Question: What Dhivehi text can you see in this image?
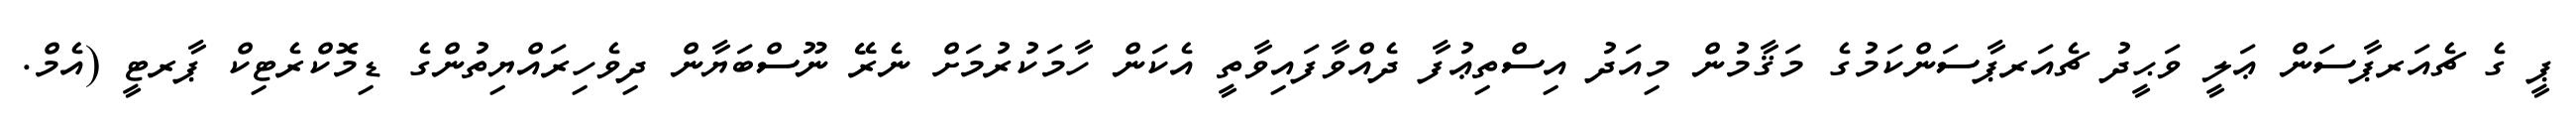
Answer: ޕީ ގެ ޗެއަރޕާސަން ޢަލީ ވަޙީދު ޗެއަރޕާސަންކަމުގެ މަޤާމުން މިއަދު އިސްތިޢުފާ ދެއްވާފައިވާތީ އެކަން ހާމަކުރުމަށް ނެރޭ ނޫސްބަޔާން ދިވެހިރައްޔިތުންގެ ޑިމޮކްރެޓިކް ޕާރޓީ (އެމް.